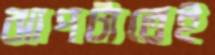
ঝাপটাতেই